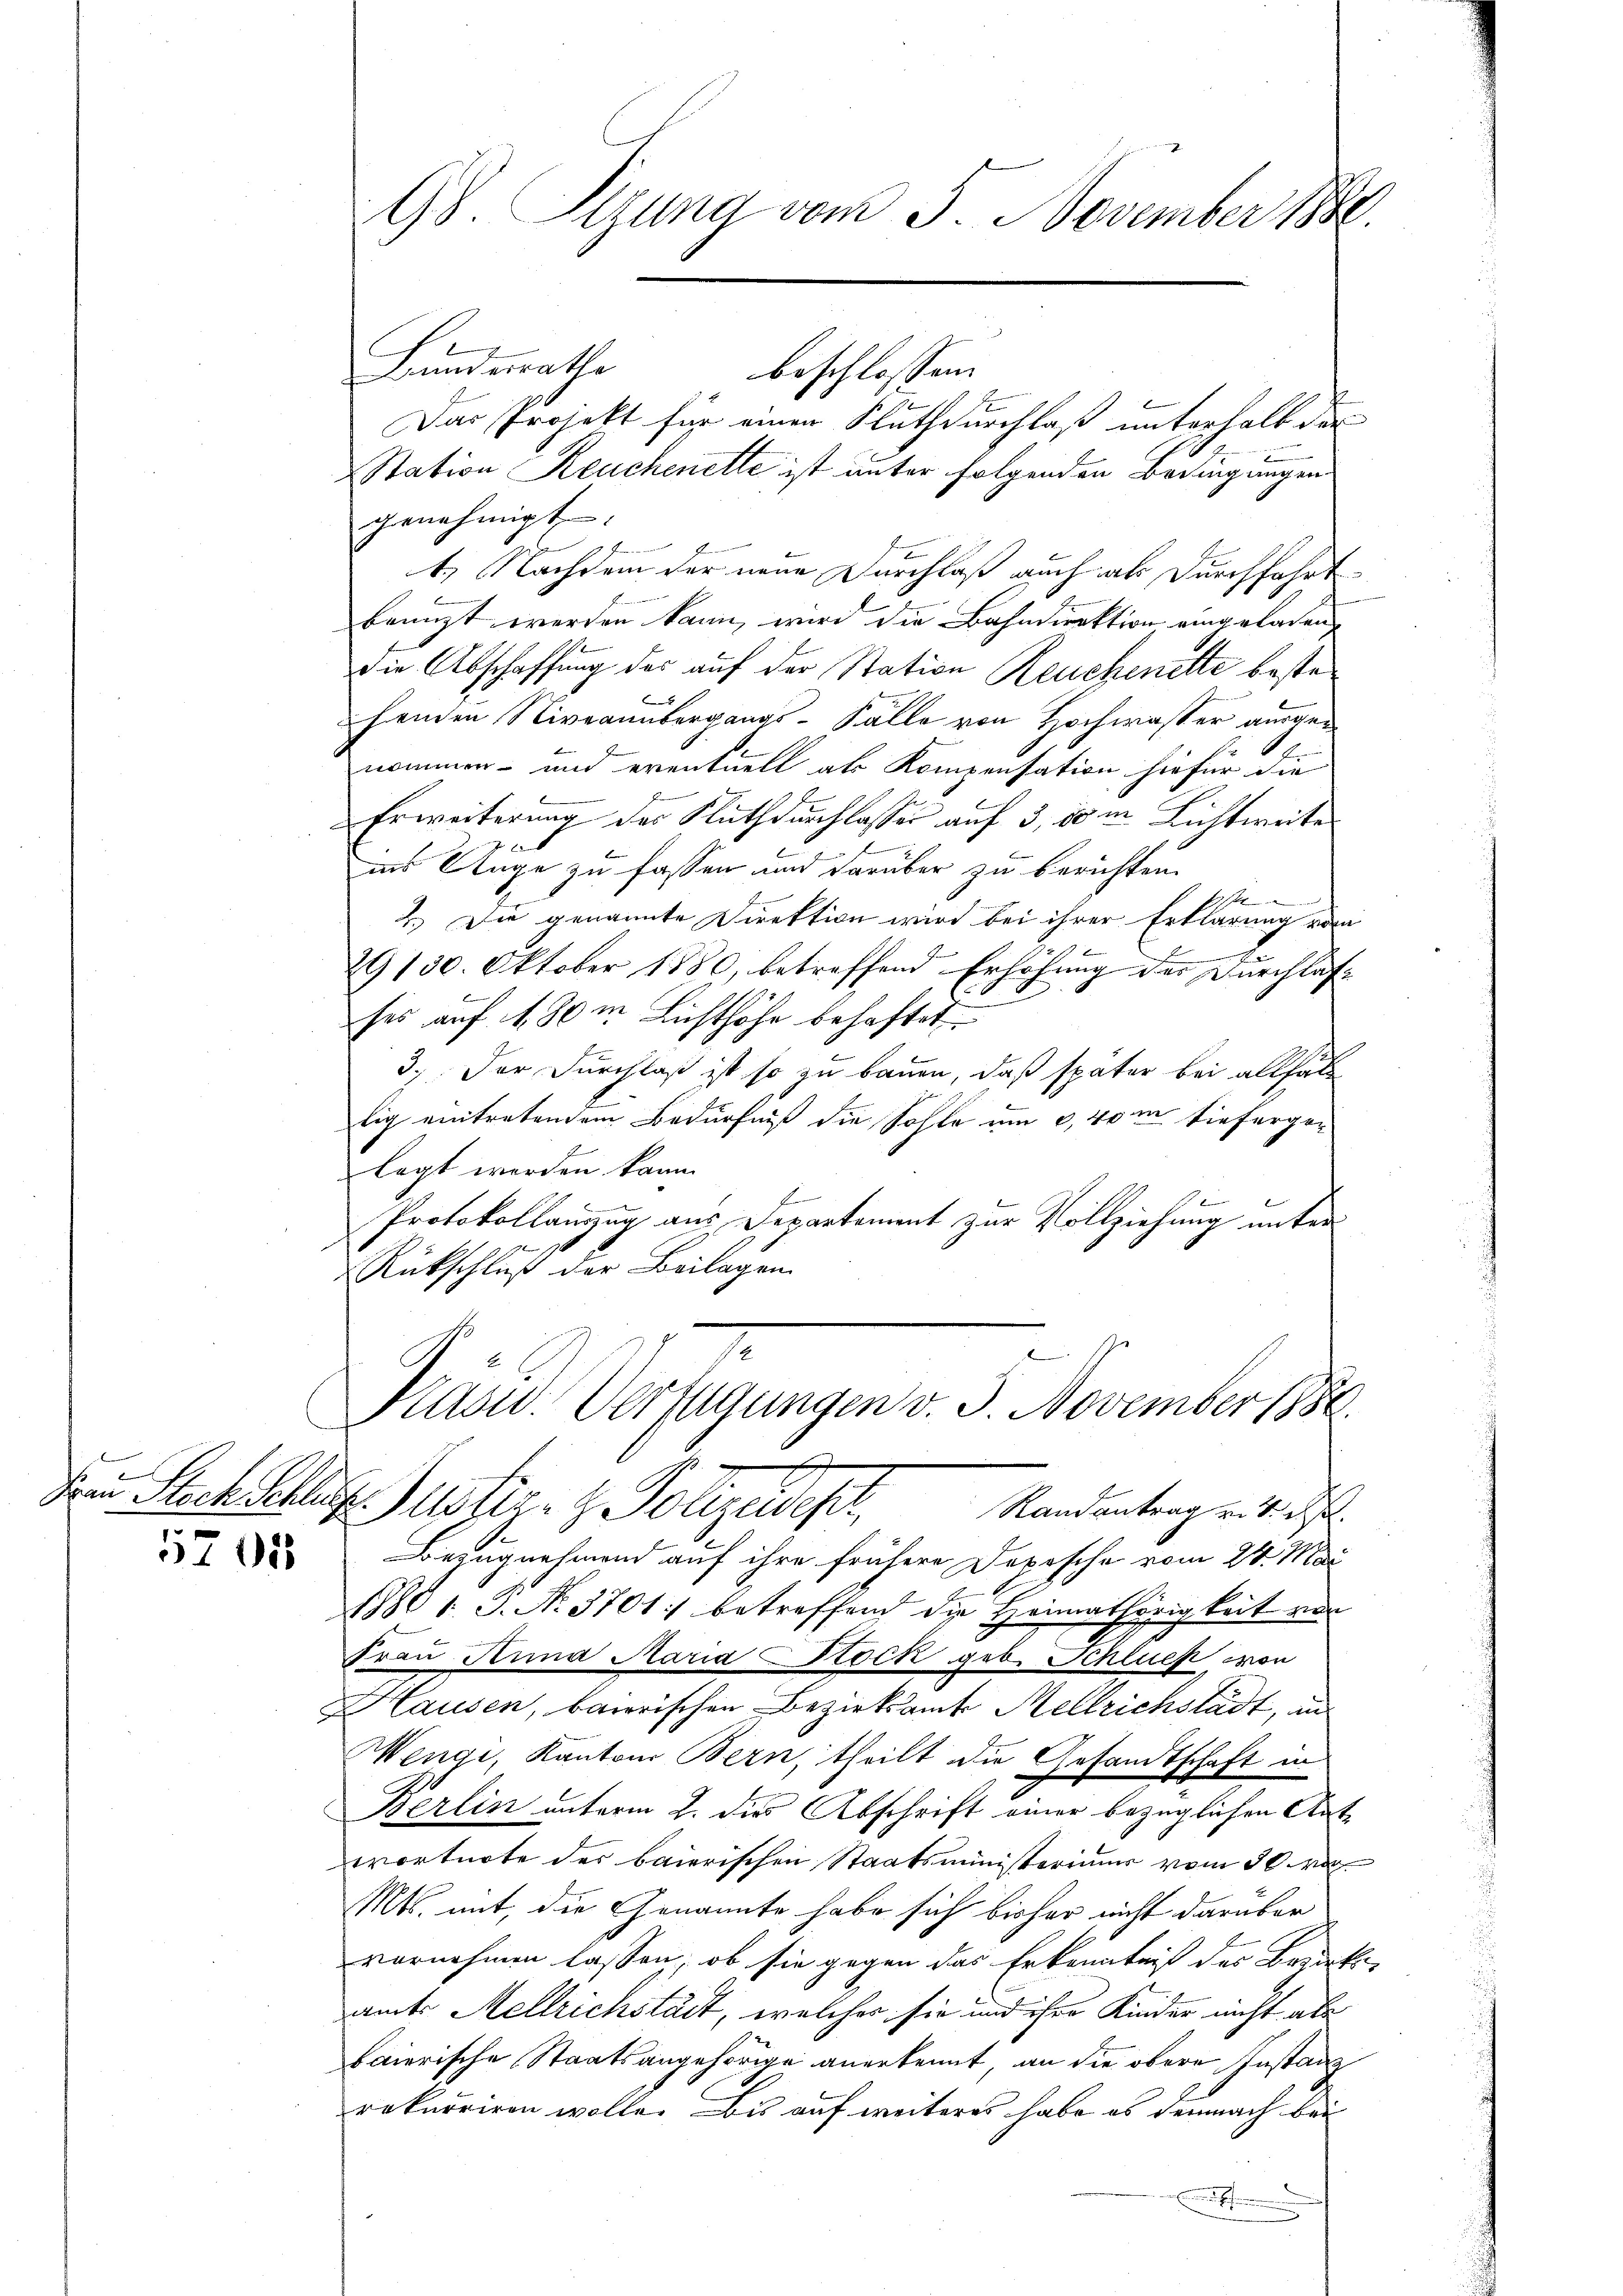
Bundesrathe
beschlossen:
Das Projekt für einen Fluthdurchlaß unterhalb der
Station Reuchenette ist unter folgenden Bedingungen
genehmigt. |
t. Nachdem der neue Durchlaß auch als Durchfahrt
baanzt werden kann, wird die Bahndirektion eingeladen
die Abschaffung des auf der Station Reuchenette beste
henden Niveauübergangs-Fälle von Hochwasser ausgenommen- und eventuell als Kompensation hiefür die
Erweiterung des Nuthdurchlassen auf 3, 80 in Lichtweite
f2
ins Auge zu fassen und darüber zu berichten.
bo
2.) Die genannte Direktion wird bei ihrer Erklärung vom
x
J
29130. Oktober 1880, betreffend Erhöhung der Durchlaf¬
.
ses auf 4 80m Lichthöhe behaftet
3). Der Durchlaß ist so zu bauen, daß später bei allfäl
lig eintretendem Bedürfniß die Sohle um 9,40 m tiefergelegt werden kann.
Protokollanzug aus Departement zur Vollziehung unter
e
Rückschluß der Beilagen
e
Kasid. Verfügungen v. 3. November 1888.
A
dren Stock Schlag. Justiz- & Polizeiest,
Randantrag v. d. d.
 Bezugnehmend auf ihre frühere Depesche vom 24. Mai
1801. P. No. 3701: betreffend die Heimathörigkeit von
Frau Anna Maria Stock geb. Schlues von
Hausen, bairischen Bezirksamt Mellrichstadt, in
Wengi, Kanton Bern, theilt die Gesandtschaft in
Berlin unterm 2. dies Abschrift einer bezüglichen Antwortnote der baierischen Staatsministeriums vom 30. Ma
Mts. mit, die Genannte habe sich bisher nicht darüber
vornehmen lassen, ob sie gegen das Erkenntniß des Bezirksamt Mellrichstädt, welcher sie und ihre Kinder nicht aber
baierische Staatsangehörige anerkennt, an die obere Instanz
rekurriren wolle. Bis auf weiteres habe es demnach bei
he

98. Sizung vom 5. November 1890.